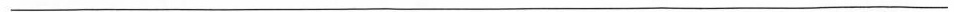
___